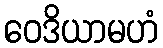
ဝေဒိယာမဟံ